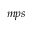
{ _ { m p s } }